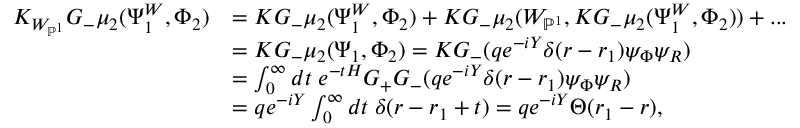
\begin{array} { r l } { K _ { W _ { \mathbb { P } ^ { 1 } } } G _ { - } \mu _ { 2 } ( \Psi _ { 1 } ^ { W } , \Phi _ { 2 } ) } & { = K G _ { - } \mu _ { 2 } ( \Psi _ { 1 } ^ { W } , \Phi _ { 2 } ) + K G _ { - } \mu _ { 2 } ( W _ { \mathbb { P } ^ { 1 } } , K G _ { - } \mu _ { 2 } ( \Psi _ { 1 } ^ { W } , \Phi _ { 2 } ) ) + . . . } \\ & { = K G _ { - } \mu _ { 2 } ( \Psi _ { 1 } , \Phi _ { 2 } ) = K G _ { - } ( q e ^ { - i Y } \delta ( r - r _ { 1 } ) \psi _ { \Phi } \psi _ { R } ) } \\ & { = \int _ { 0 } ^ { \infty } d t \; e ^ { - t H } G _ { + } G _ { - } ( q e ^ { - i Y } \delta ( r - r _ { 1 } ) \psi _ { \Phi } \psi _ { R } ) } \\ & { = q e ^ { - i Y } \int _ { 0 } ^ { \infty } d t \; \delta ( r - r _ { 1 } + t ) = q e ^ { - i Y } \Theta ( r _ { 1 } - r ) , } \end{array}